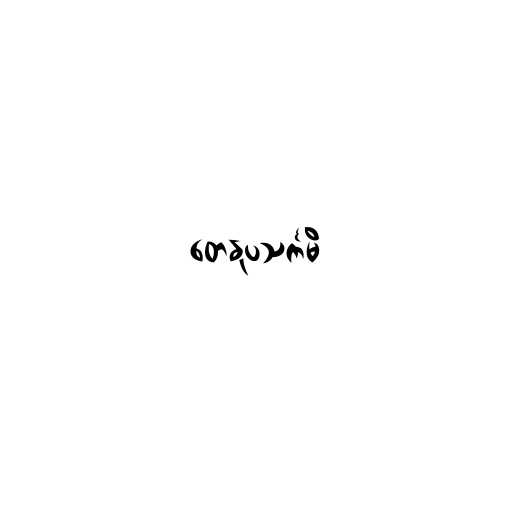
တေနုပသင်္ကမိ